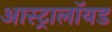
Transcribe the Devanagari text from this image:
आस्ट्रालॉयड